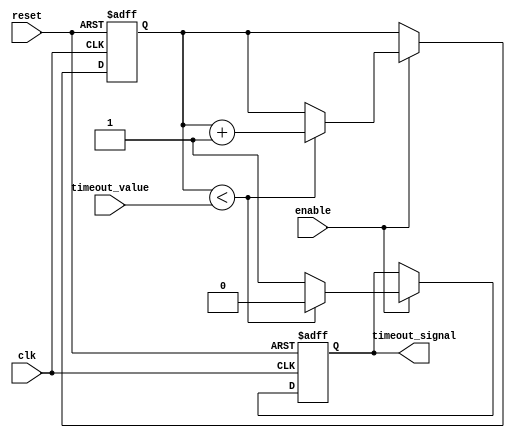
module timeout_counter (
    input wire clk,               // Clock input
    input wire reset,             // Asynchronous reset
    input wire enable,            // Enable input
    input wire [7:0] timeout_value, // Time-out value (max 255 for 8-bit counter)
    output reg timeout_signal      // Time-out output signal
);

    reg [7:0] counter;            // 8-bit counter

    // Asynchronous reset and counter operation
    always @(posedge clk or posedge reset) begin
        if (reset) begin
            counter <= 8'b0;       // Reset counter to 0
            timeout_signal <= 1'b0; // Clear timeout signal
        end else if (enable) begin
            if (counter < timeout_value) begin
                counter <= counter + 1'b1; // Increment counter
                timeout_signal <= 1'b0;    // Clear timeout signal
            end else begin
                timeout_signal <= 1'b1;    // Assert timeout signal
            end
        end
    end

endmodule